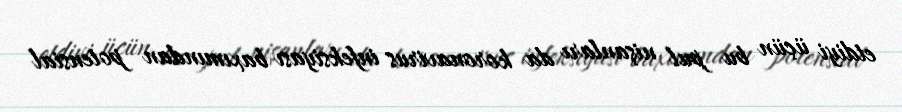
etdiyi üçün bu pul nişanları da koronavirus infeksiyası baxımından potensial